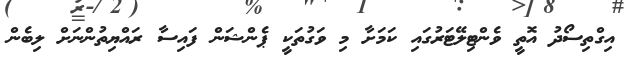
އިގްތިސޯދު އޮތީ ވެންޓިލޭޓަރުގައި ކަމަށާ މި ވަގުތަކީ ޕެންޝަން ފައިސާ ރައްޔިތުންނަށް ލިބެން